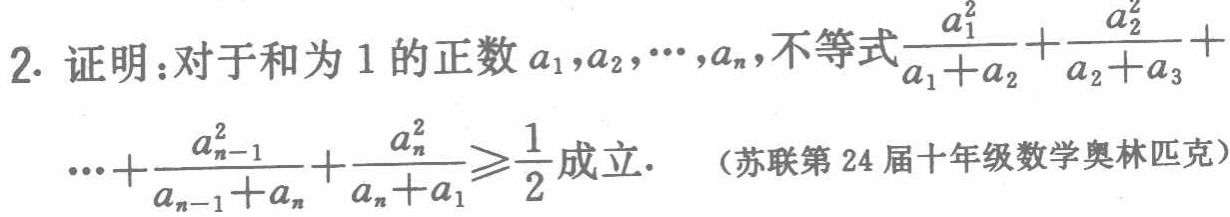
2. 证明：对于和为 1 的正数 \(a_{1},a_{2},\cdots,a_{n}\)，不等式\(\frac{a_{1}^{2}}{a_{1} + a_{2}}+\frac{a_{2}^{2}}{a_{2} + a_{3}}+\cdots+\frac{a_{n - 1}^{2}}{a_{n - 1} + a_{n}}+\frac{a_{n}^{2}}{a_{n} + a_{1}}\geqslant\frac{1}{2}\)成立. （苏联第 24 届十年级数学奥林匹克）